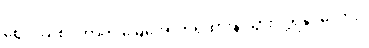
ဈေးဝယ်စင်တာကို မြေအောက်ရထားနဲ့ သွားလို့ရနိုင်မလား။